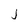
Character: J